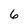
Character: 6